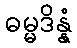
ဓမ္မဒိန္နံ